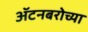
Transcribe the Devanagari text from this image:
ॲटनबरोच्या